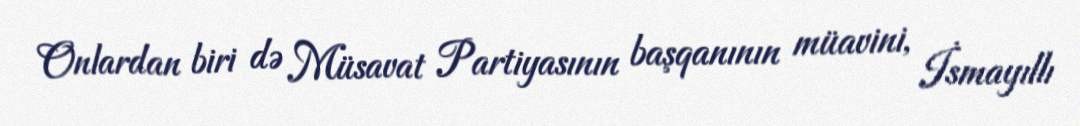
Onlardan biri də Müsavat Partiyasının başqanının müavini, İsmayıllı